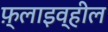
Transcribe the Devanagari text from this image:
फ़्लाइव्हील